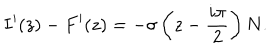
I ^ { \prime } ( z ) - F ^ { \prime } ( z ) = - \sigma \left( z - \frac { i \pi } { 2 } \right) N .